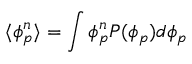
\langle \phi _ { p } ^ { n } \rangle = \int \phi _ { p } ^ { n } P ( \phi _ { p } ) d \phi _ { p }